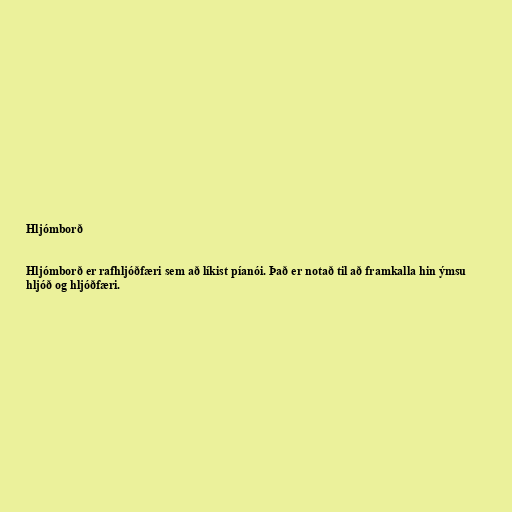
Hljómborð

Hljómborð er rafhljóðfæri sem að líkist píanói. Það er notað til að framkalla hin ýmsu
hljóð og hljóðfæri.